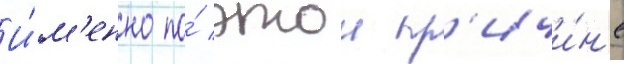
И́м'енно по́ этои пр'ичи́н'е